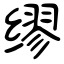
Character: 缪